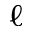
\ell